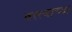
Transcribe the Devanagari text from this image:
वस्त्याच्या